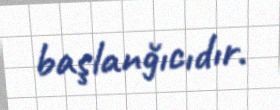
başlanğıcıdır.